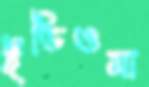
ইডিওমা